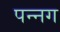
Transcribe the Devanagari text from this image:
पन्‍नग